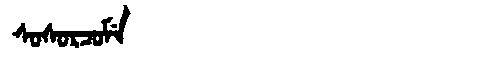
Manchu: ᠰᠣᠰᠣᡵᠴᠣᠮᡝ
Romanization: SOSORCOME